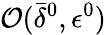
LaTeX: {\mathcal O}(\bar{\delta}^{0},{\epsilon}^{0})